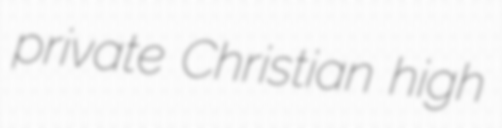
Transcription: private Christian high